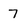
Character: 7